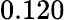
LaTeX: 0.120